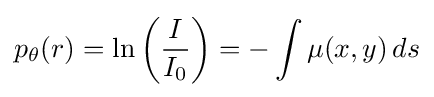
p_{\theta }(r)=\ln \left({\frac {I}{I_{0}}}\right)=-\int \mu (x,y)\,ds